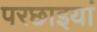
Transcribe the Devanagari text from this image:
परछाइयां